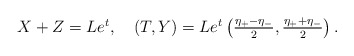
\begin{align*}\begin{array}{l}X+Z=Le^{t}, \quad (T,Y)=Le^{t}\left(\frac{\eta_{+}-\eta_{-}}{2},\frac{\eta_{+}+\eta_{-}}{2}\right).\end{array}\end{align*}